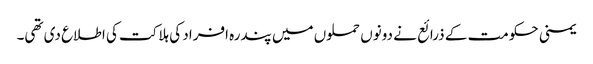
یمنی حکومت کے ذرائع نے دونوں حملوں میں پندرہ افراد کی ہلاکت کی اطلاع دی تھی۔